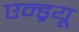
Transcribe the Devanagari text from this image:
एन्‍ड्रयू